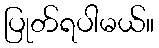
ပြုတ်ရပါမယ်။